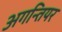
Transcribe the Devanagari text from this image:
अगन्तियर